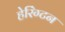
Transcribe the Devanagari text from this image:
हेरिंग्टन